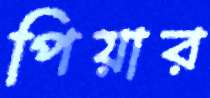
পিয়ার